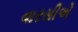
વારસીએ